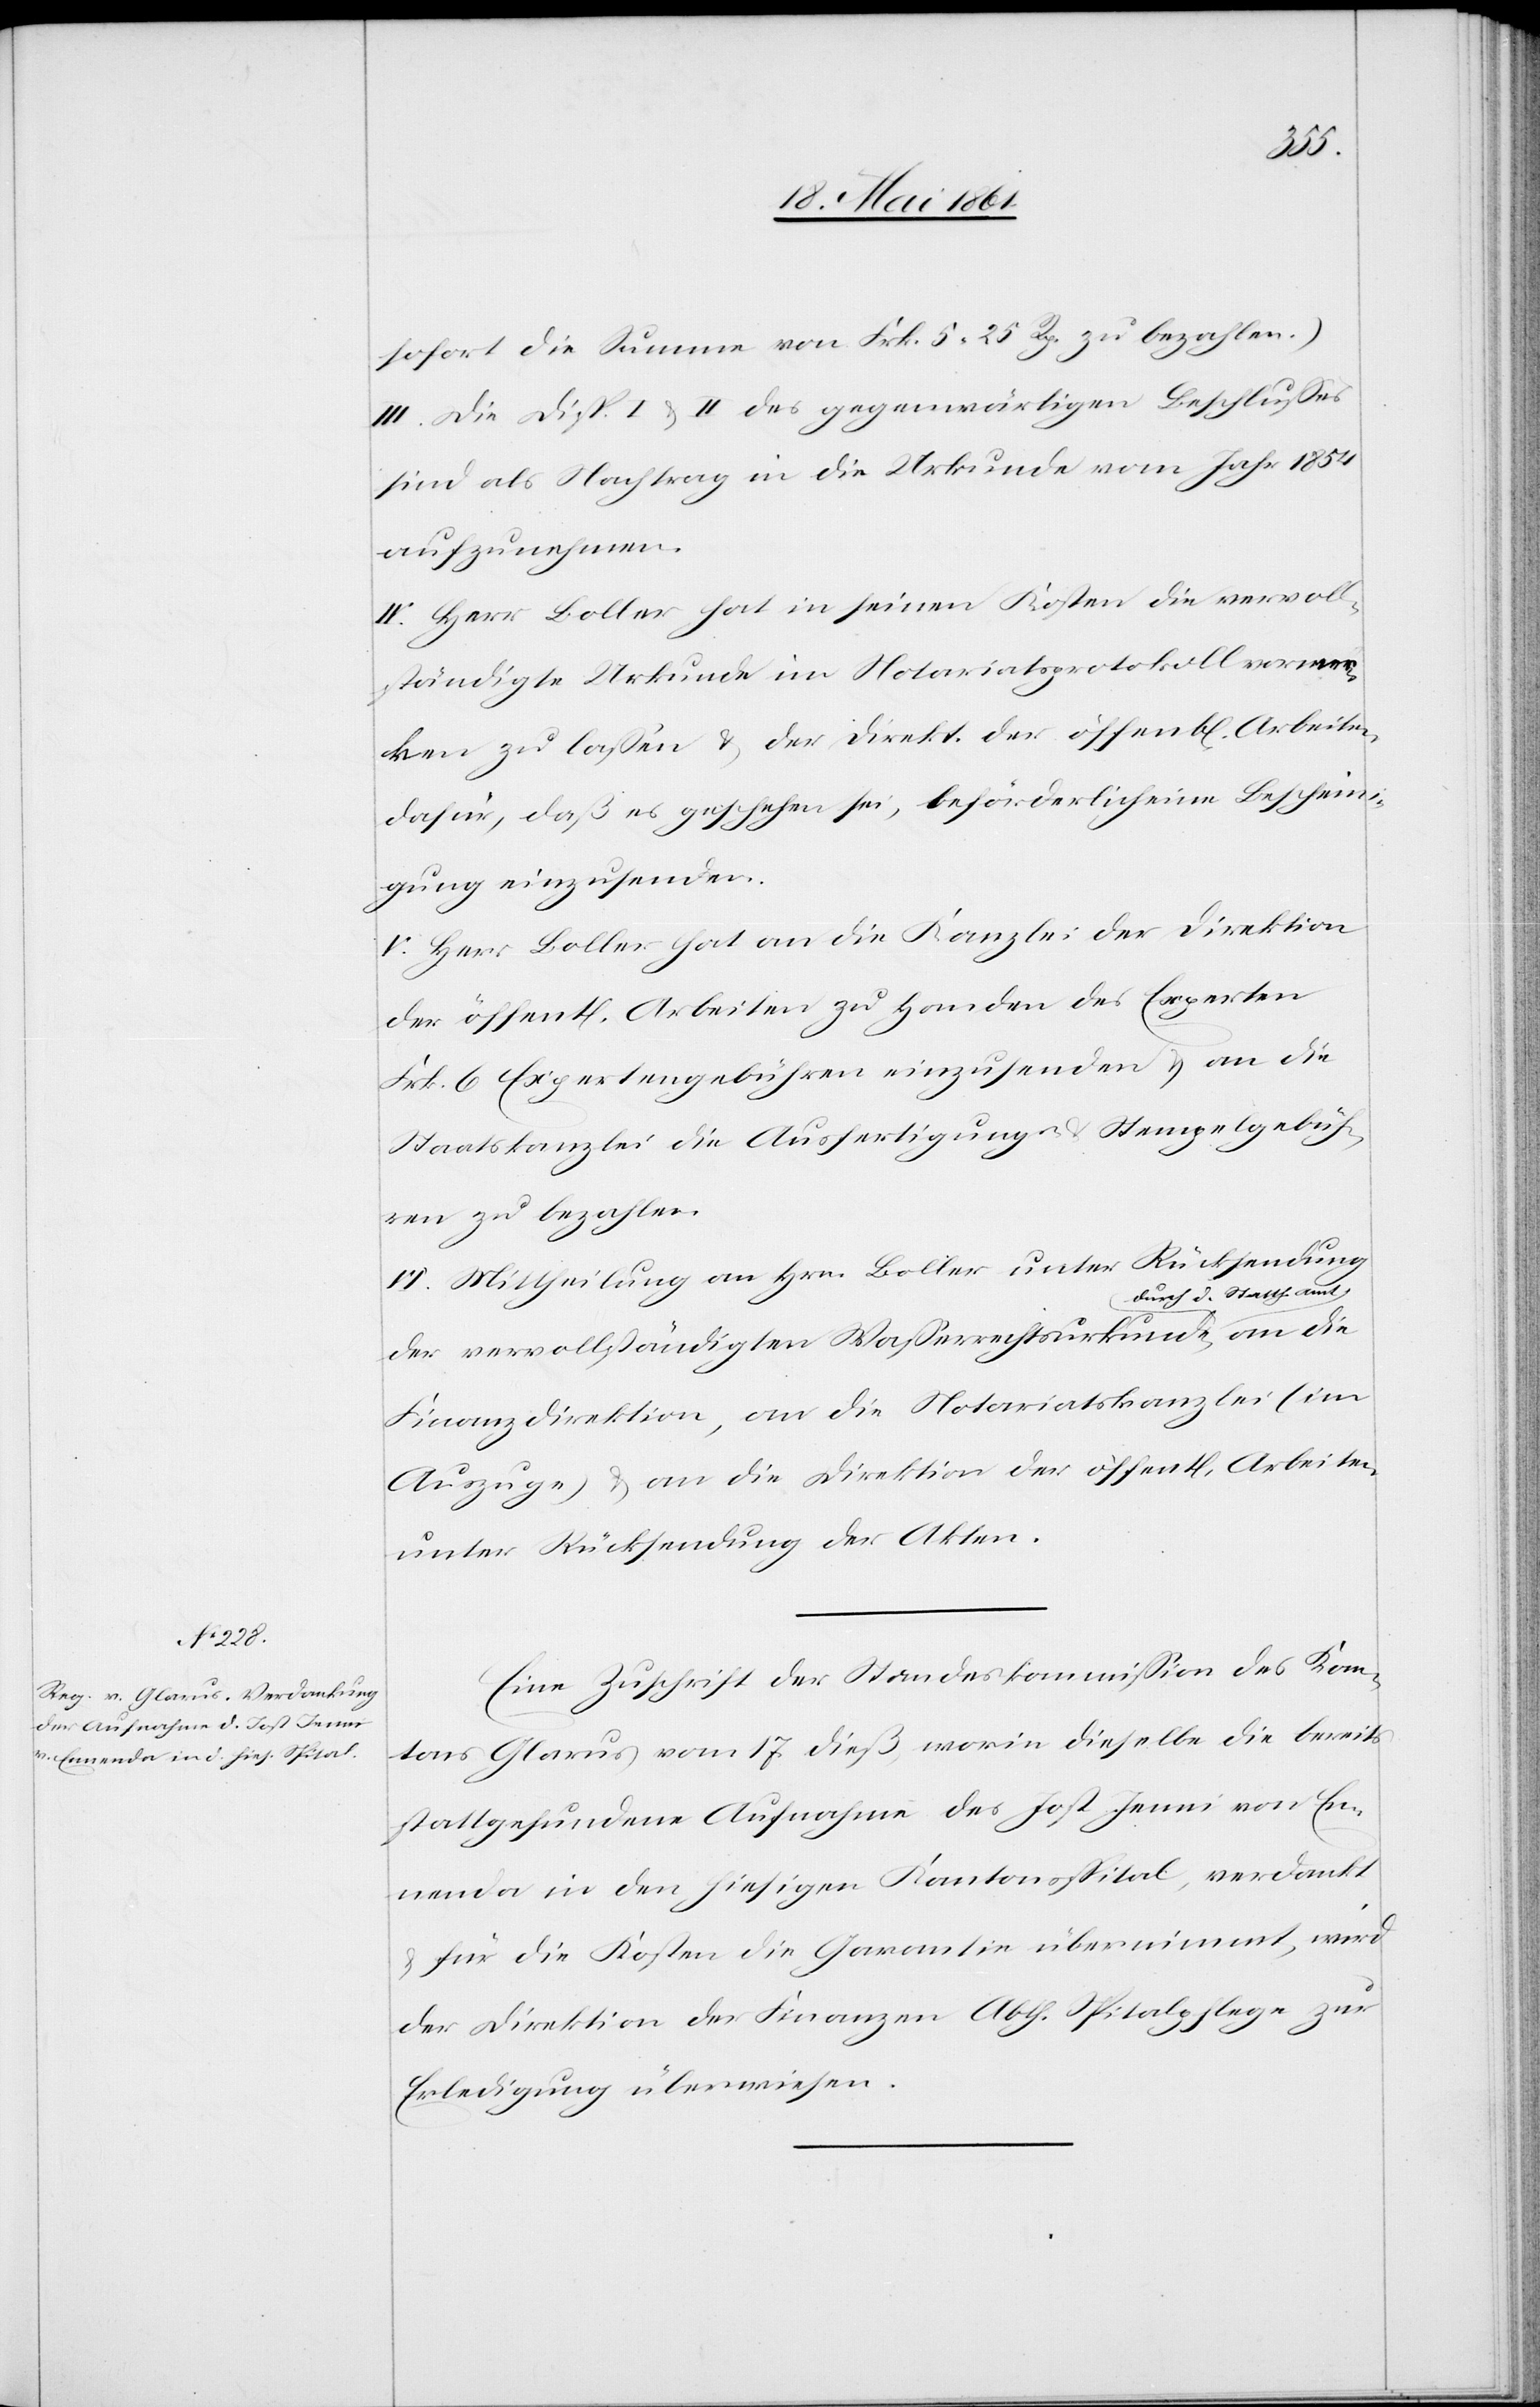
an
sofort die Summe von Frk. 5 25 Rp. zu bezahlen.)
III. Die Disp. I. u. II des gegenwärtigen Beschlusses
sind als Nachtrag in die Urkunde vom Jahr 1854
aufzunehmen.
IV. Herr Boller hat in seinen Kosten die vervoll¬
ständigte Urkunde im Notariatsprotokoll vormer¬
ken zu lassen u. der Direkt. der öffent[lichen] Arbeiten
dafür, daß es geschehen sei, beförderlich eine Bescheini¬
gung einzusenden.
V. Herr Boller hat an die Kanzlei der Direktion
der öffent[lichen] Arbeiten zu Handen des Experten
Frk. 6 Expertengebühren einzusenden u. an die
Staatskanzlei die Ausfertigungs- u. Stempelgebüh¬
ren zu bezahlen.
VI. Mittheilung an Hrn. Boller unter Rücksendung
urch d. Statth. Amt,
der vervollständigten Wasserrechtsurkunde d¬
Finanzdirektion, an die Notariatskanzlei (im
Auszuge) u. an die Direktion der öffent[lichen] Arbeiten
unter Rücksendung der Akten.
Eine Zuschrift der Standeskommission des Kan¬
tons Glarus vom 17. dieß, worin dieselbe die bereits
stattgefundene Aufnahme des Jost Jenni von En¬
nenda in den hiesigen Kantonsspital, verdankt
u. für die Kosten die Garantie übernimmt, wird
der Direktion der Finanzen Abth. Spitalpflege zur
Erledigung überwiesen.